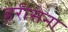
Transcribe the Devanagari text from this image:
हरीसेना